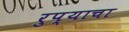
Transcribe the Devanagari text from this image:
रुप्याचा